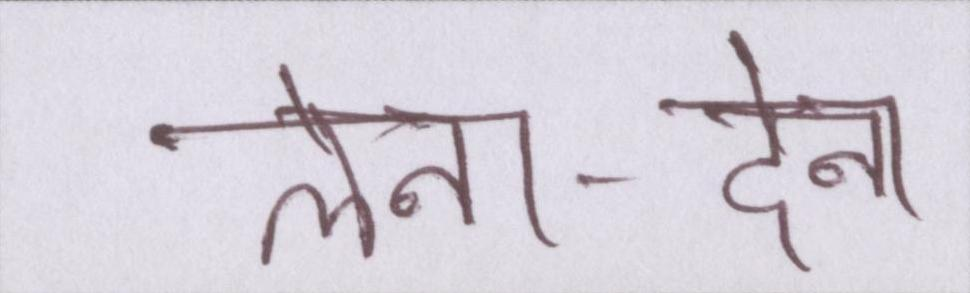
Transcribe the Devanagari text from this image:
लेना-देना